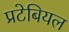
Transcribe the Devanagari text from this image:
प्रटेबियल